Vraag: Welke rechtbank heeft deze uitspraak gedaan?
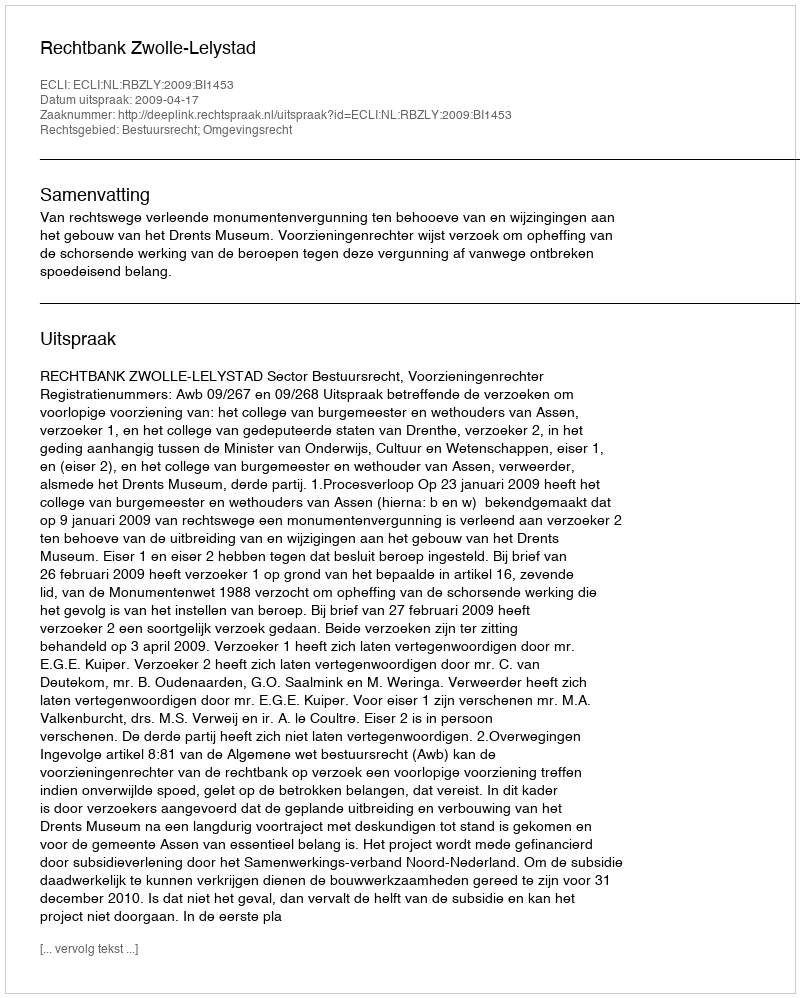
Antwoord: Rechtbank Zwolle-Lelystad